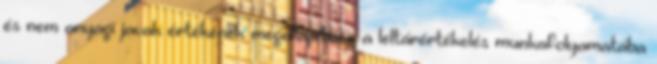
és nem anyagi javak értékének megállapítása a leltárértékelés munkafolyamatába